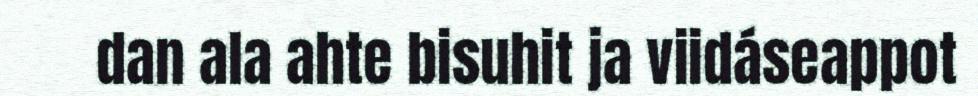
dan ala ahte bisuhit ja viidáseappot